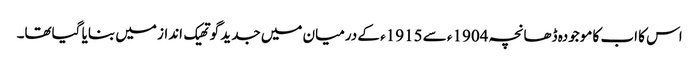
اس کا اب کا موجودہ ڈھانچہ 1904ء سے 1915ء کے درمیان میں جدید گوتھیک انداز میں بنایا گیاتھا۔